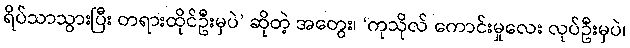
ရိပ်သာသွားပြီး တရားထိုင်ဦးမှပဲ’ ဆိုတဲ့ အတွေး၊ ‘ကုသိုလ် ကောင်းမှုလေး လုပ်ဦးမှပဲ၊